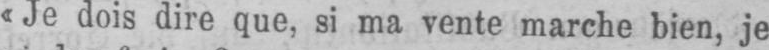
«Je dois dire que, si ma vente marche bien, je